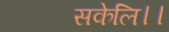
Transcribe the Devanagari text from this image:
सकेलि।।